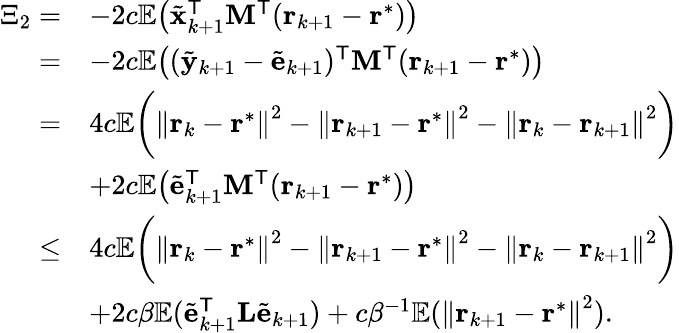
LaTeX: \begin{array}{rl}{\Xi_{2}=}&{-2c\mathbb{E}\big(\tilde{\mathbf{x}}_{k+1}^{\mathsf{T}}\mathbf{M}^{\mathsf{T}}(\mathbf{r}_{k+1}-\mathbf{r}^{*})\big)}\\ {=}&{-2c\mathbb{E}\big((\tilde{\mathbf{y}}_{k+1}-\tilde{\mathbf{e}}_{k+1})^{\mathsf{T}}\mathbf{M}^{\mathsf{T}}(\mathbf{r}_{k+1}-\mathbf{r}^{*})\big)}\\ {=}&{4c\mathbb{E}\bigg(\left\| \mathbf{r}_{k}-\mathbf{r}^{*}\right\| ^{2}-\left\| \mathbf{r}_{k+1}-\mathbf{r}^{*}\right\| ^{2}-\left\| \mathbf{r}_{k}-\mathbf{r}_{k+1}\right\| ^{2}\bigg)}\\ {}&{+2c\mathbb{E}\big(\tilde{\mathbf{e}}_{k+1}^{\mathsf{T}}\mathbf{M}^{\mathsf{T}}(\mathbf{r}_{k+1}-\mathbf{r}^{*})\big)}\\ {\leq}&{4c\mathbb{E}\bigg(\left\| \mathbf{r}_{k}-\mathbf{r}^{*}\right\| ^{2}-\left\| \mathbf{r}_{k+1}-\mathbf{r}^{*}\right\| ^{2}-\left\| \mathbf{r}_{k}-\mathbf{r}_{k+1}\right\| ^{2}\bigg)}\\ {}&{+2c\beta\mathbb{E}(\tilde{\mathbf{e}}_{k+1}^{\mathsf{T}}\mathbf{L}\tilde{\mathbf{e}}_{k+1})+c\beta^{-1}\mathbb{E}(\left\| \mathbf{r}_{k+1}-\mathbf{r}^{*}\right\| ^{2}).}\end{array}